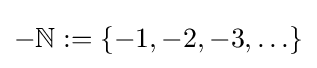
-\mathbb {N} :=\{-1,-2,-3,\ldots \}